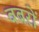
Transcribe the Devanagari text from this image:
बबरों